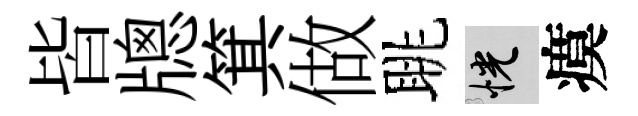
皆牕箕做眺恍瘼